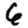
Digit: 6